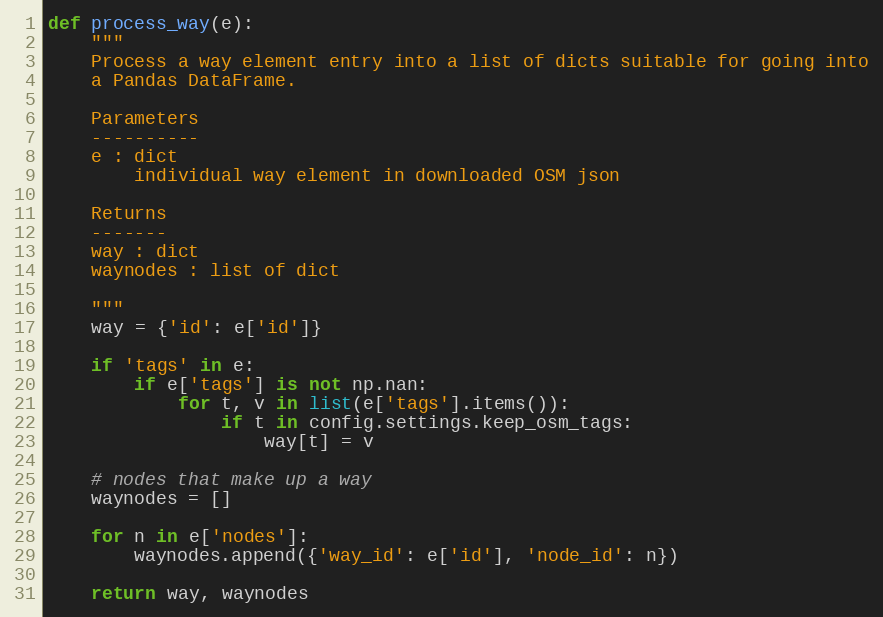
Language: Python
def process_way(e):
    """
    Process a way element entry into a list of dicts suitable for going into
    a Pandas DataFrame.

    Parameters
    ----------
    e : dict
        individual way element in downloaded OSM json

    Returns
    -------
    way : dict
    waynodes : list of dict

    """
    way = {'id': e['id']}

    if 'tags' in e:
        if e['tags'] is not np.nan:
            for t, v in list(e['tags'].items()):
                if t in config.settings.keep_osm_tags:
                    way[t] = v

    # nodes that make up a way
    waynodes = []

    for n in e['nodes']:
        waynodes.append({'way_id': e['id'], 'node_id': n})

    return way, waynodes